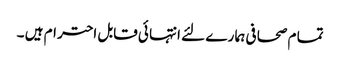
تما م صحا فی ہما ر ے لئے انتہا ئی قابل احتر ام ہیں ۔